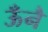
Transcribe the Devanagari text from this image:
ऊँनै